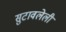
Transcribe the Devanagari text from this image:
सुटावलेली